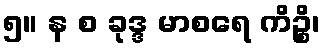
၅။ န စ ခုဒ္ဒ မာစရေ ကိဉ္စိ၊